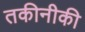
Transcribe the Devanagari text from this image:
तकीनीकी